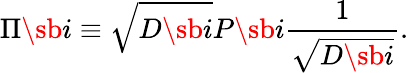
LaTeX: \Pi\sb i\equiv\sqrt{D\sb i}P\sb i{\frac{1}{\sqrt{D\sb i}}}.